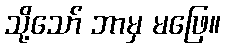
သို့သော် ဘာမှ မဖြေ။